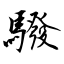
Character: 驋